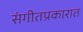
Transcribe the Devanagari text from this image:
संगीतप्रकारात